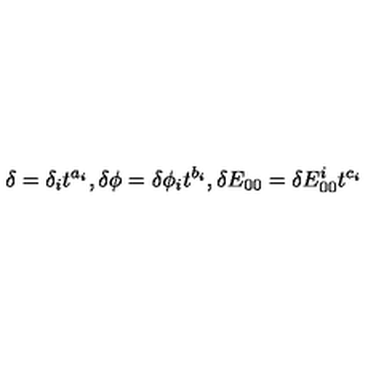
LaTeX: \delta = \delta _ { i } t ^ { a _ { i } } , \delta \phi = \delta \phi _ { i } t ^ { b _ { i } } , \delta E _ { 0 0 } = \delta E _ { 0 0 } ^ { i } t ^ { c _ { i } }